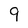
Character: 9